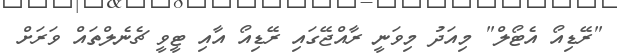
"ރޭޑިއޯ އެޓޯލް" މިއަދު މިވަނީ ރާއްޖޭގައި ރޭޑިއޯ އާއި ޓީވީ ޗެނެލްތައް ވަރަށް